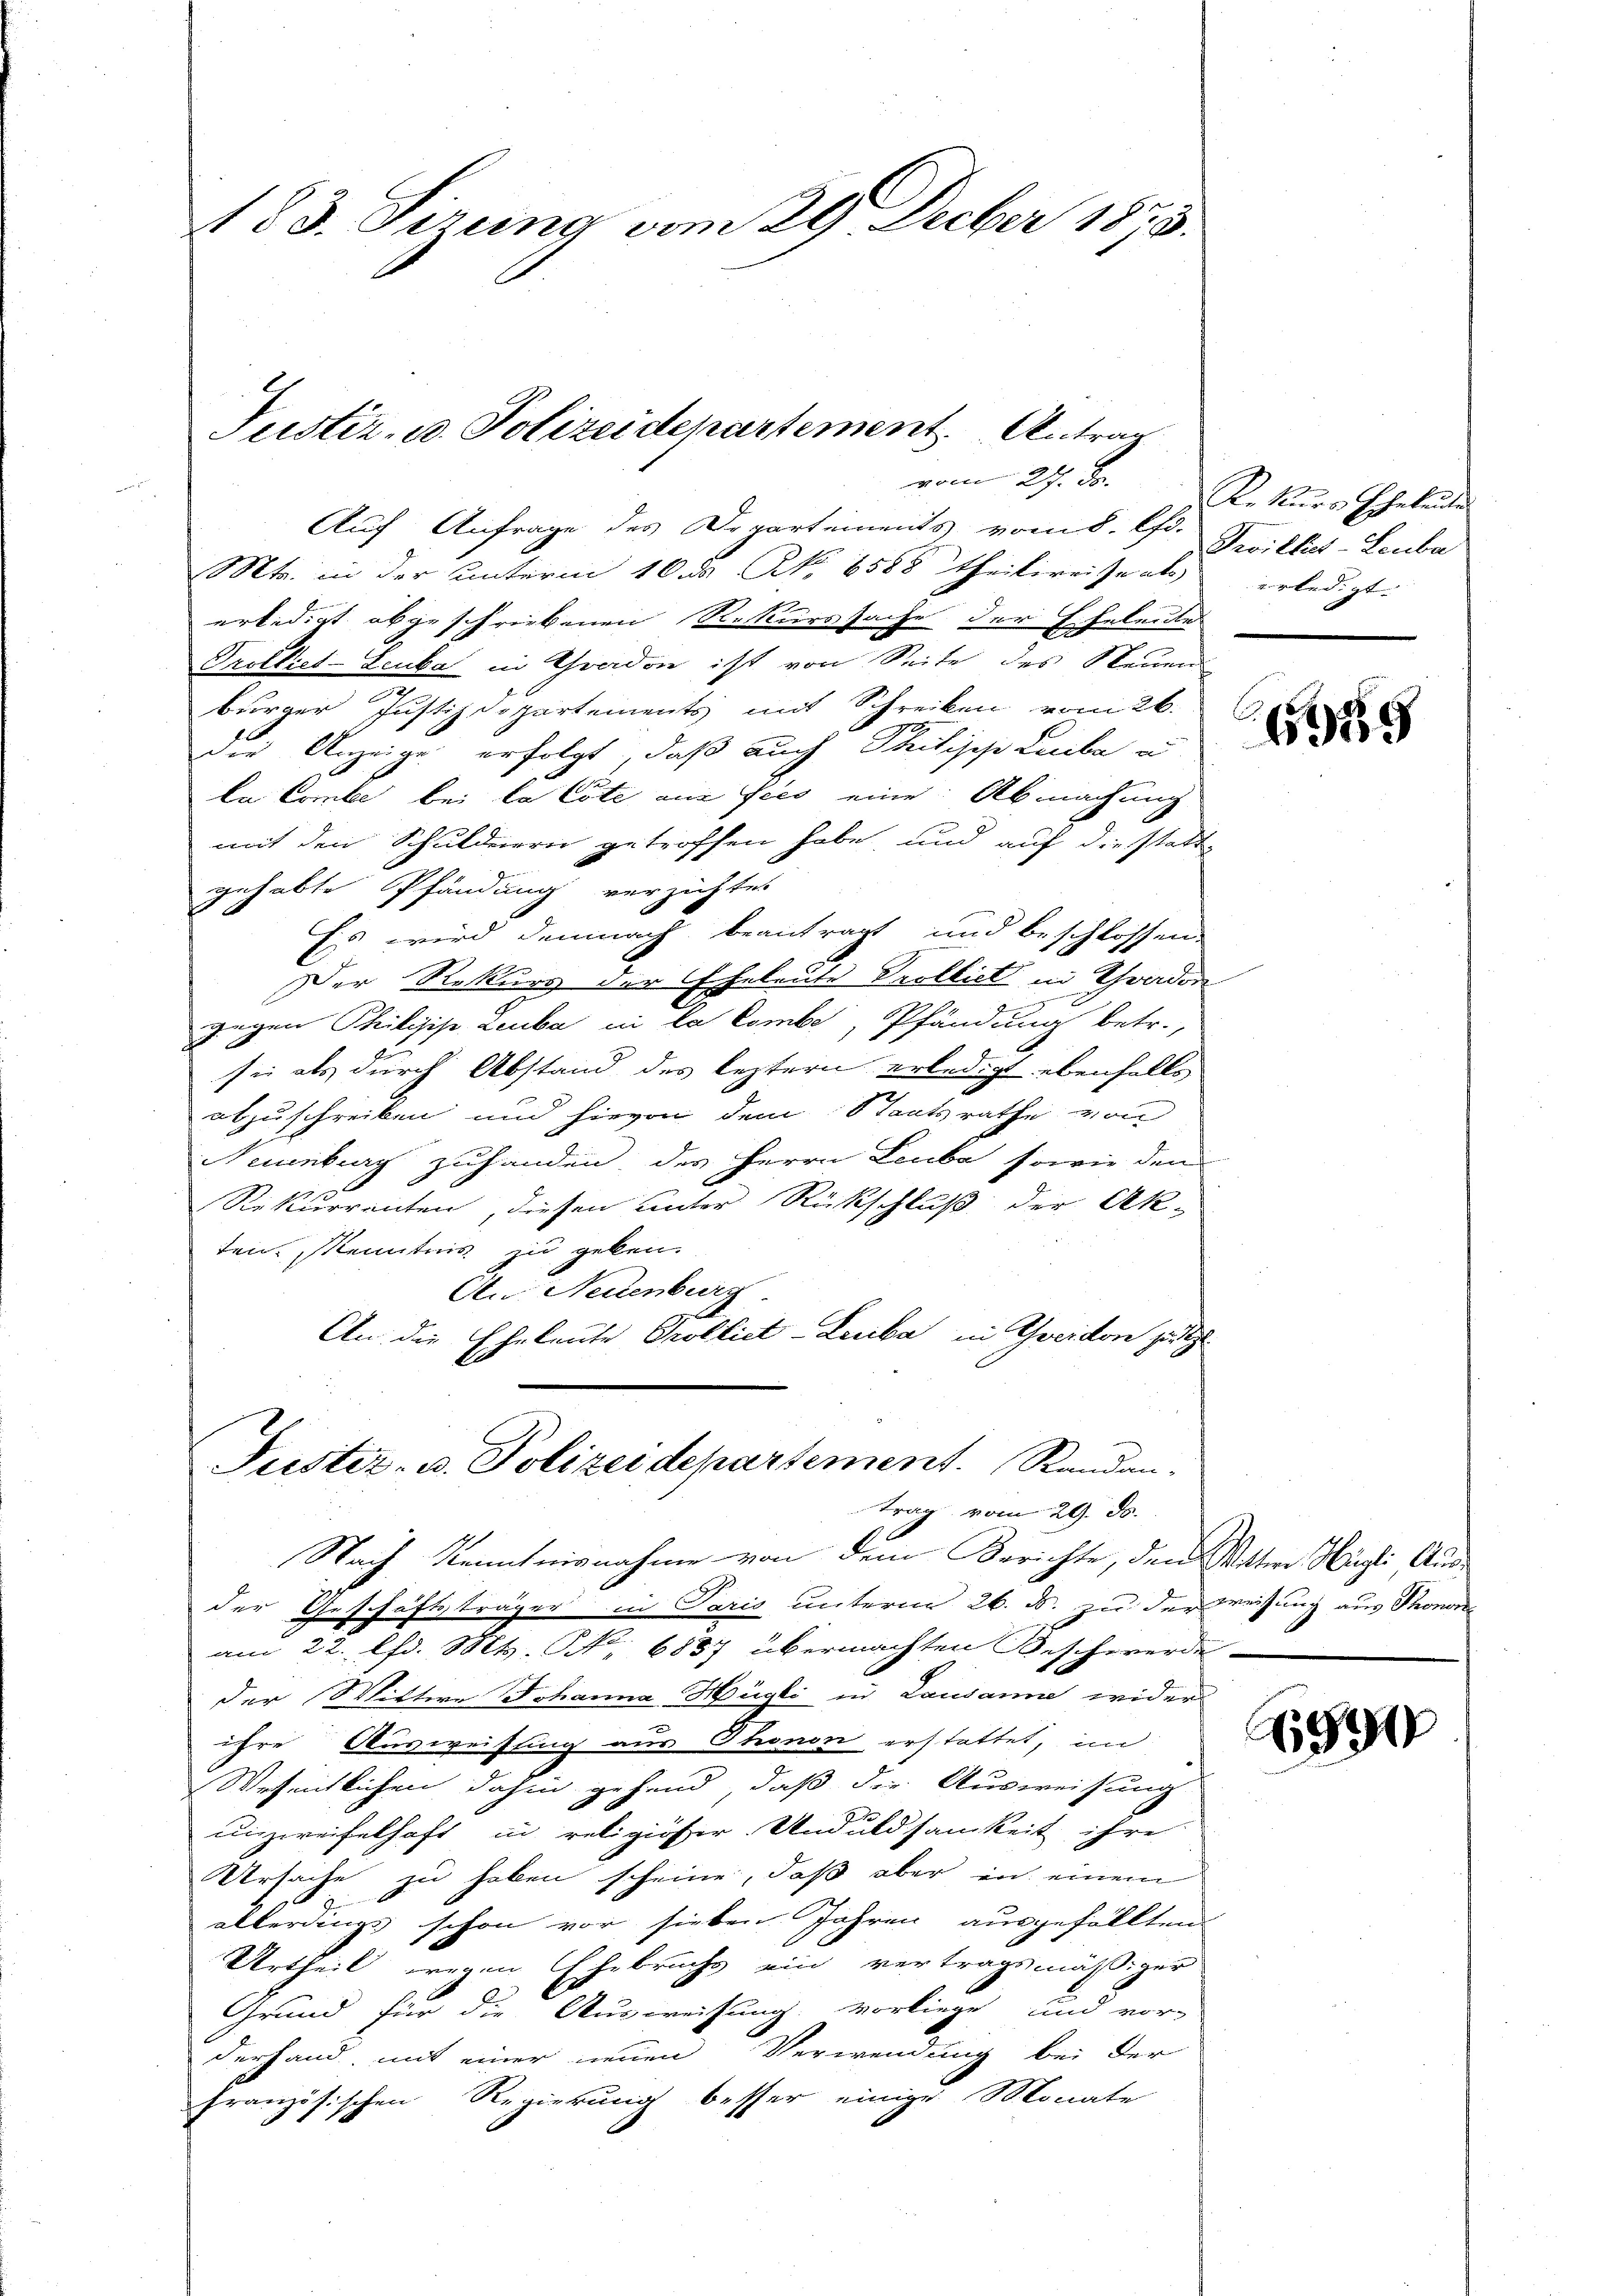
183. Sizung vom 29. Decber 1873.

vom 27. Ja.
Auf Anfrage des Departements vom 8. A. Zwillet-Leuba
Mts. in der unterm 10. ds No 6588 Theilireise als
erledigt abgeschriebenen Rekurssache der Eheleute
d
n
Trolliet-Leuba in Graden ist von Seite des Steiren
burger Justizdepartements mit Schreiben vom 26.
die Anzeige erfolgt, daß auch Philische Leibe u
la Combe bei la Cote aus fies eine Abmachung
mit den Schuldern getroffen habe und auf die statt-
gehabte Pfändung verzichtet
Es wird demnach beantragt und beschlossen
Der Rekurs der Eheleute Prolliet in Yverdon
gegen Philisip Leuba in la Combe, Pfändung betr.,
d
sie als durch Abstand des leztern erledigt ebenfalls
abzuschreiben und hievon dem Staatsrathe von
Neuenburg zuhanden, des Herrn Leube, sowie den
Rekurrenten, diesen unter Rückschluß der Ak-
ten. Kenntnis zu geben.
An Neuenburg
An die Eheleute Prollict-Leuba in Gweiden geste
Justiz- u. Polizeidepartement. Randantrag vom 29. ds.
Nach Kenntnisnahme von dem Berichte, den Wetter Hürli Ausder Geschäftsträger in Paris unterm 26. ds. zu der Weisung aus Thonor
am 22. lfd. Mts. N. 6837 übermachten Beschwerde
der Wittwe Johanna Hügli in Lausanne wider
ihre Ausweisung aus Thonon erstattet, im
Wesentlichen dahin gehend, daß der Ausweisung
unzweifelhaft in religiöser. Unduldsamkeit ihre
Ursache zu haben scheine, daß aber in einem
allerdings schon vor sieben Jahren ausgefällten
Urtheil wegen Ehebruchs ein vertragsmäßiger
Grund für die Ausweisung vorliege und vor-
derhand, mit einer neuen Verwendung bei der
französischen Regierung besser einige Monate

Justiz- u. Polizeidepartement. Antrag

Rekurs Eheleute
erledigt. |

659

890